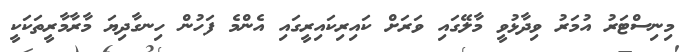
މިނިސްޓަރު އުމަރު ވިދާޅުވީ މާލޭގައި ވަރަށް ކައިރިކައިރީގައި އެންމެ ފަހުން ހިނގާދިޔަ މާރާމާރީތަކަކީ